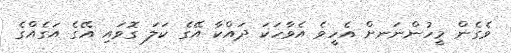
ވެގެން މީހުންނަނށް އެހީވެ އެވާހަކަ ދައްކާ އޭގެ ކަލަ ގޮވައި އޭގެ އަގެއްގެ